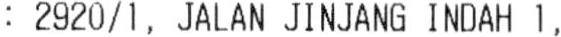
: 2920/1, JALAN JINJANG INDAH 1,